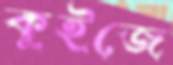
কুইজে